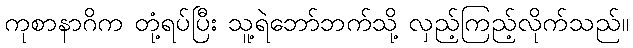
ကုစာနာဂိက တုံ့ရပ်ပြီး သူ့ရဲဘော်ဘက်သို့ လှည့်ကြည့်လိုက်သည်။